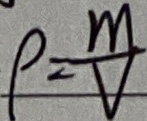
\rho = \frac { m } { V }